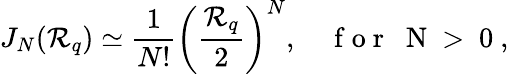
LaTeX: J_{N}({\cal R}_{q})\simeq\frac{1}{N!}\left(\frac{{\cal R}_{q}}{2}\right)^{N},\quad\mathrm{~f~o~r~\; ~N~>~0~},